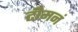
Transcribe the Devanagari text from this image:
टीमनं